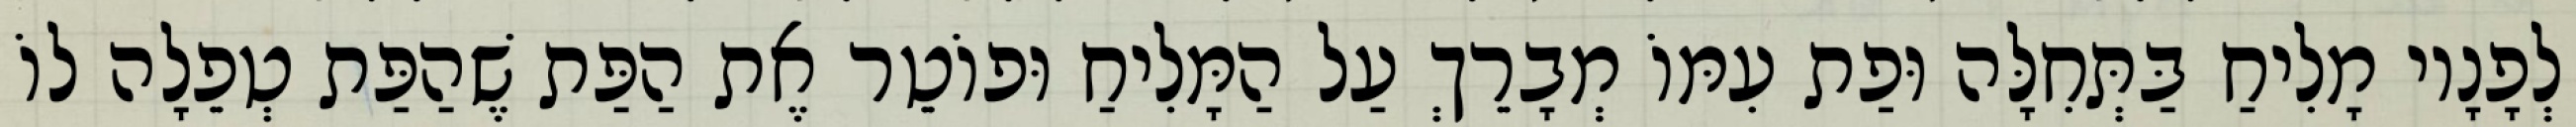
לְפָנָיו מָלִיחַ בַּתְּחִלָּה וּפַת עִמּוֹ מְבָרֵךְ עַל הַמָּלִיחַ וּפוֹטֵר אֶת הַפַּת שֶׁהַפַּת טְפֵלָה לוֹ